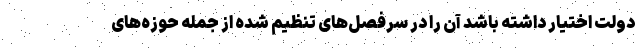
دولت اختیار داشته باشد آن را در سرفصل‌های تنظیم شده از جمله حوزه‌های